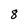
Character: 8